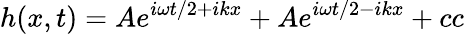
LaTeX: h(x,t)=Ae^{i\omega t/2+ikx}+Ae^{i\omega t/2-ikx}+cc